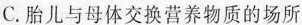
C.胎儿与母体交换营养物质的场所